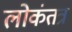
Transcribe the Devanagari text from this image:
लोकंतत्र